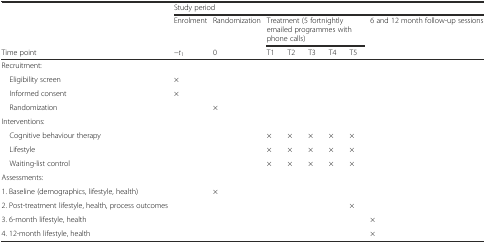
<table><thead><tr><td></td><td colspan="8"><b>Study period</b></td></tr><tr><td></td><td><b>Enrolment</b></td><td><b>Randomization</b></td><td colspan="5"><b>Treatment (5 fortnightly emailed programmes with phone calls)</b></td><td><b>6 and 12 month follow-up sessions</b></td></tr><tr><td><b>Time point</b></td><td><b>−<i>t</i><sub>1</sub></b></td><td><b>0</b></td><td><b>T1</b></td><td><b>T2</b></td><td><b>T3</b></td><td><b>T4</b></td><td><b>T5</b></td><td></td></tr></thead><tbody><tr><td>Recruitment:</td><td></td><td></td><td></td><td></td><td></td><td></td><td></td><td></td></tr><tr><td> Eligibility screen</td><td>×</td><td></td><td></td><td></td><td></td><td></td><td></td><td></td></tr><tr><td> Informed consent</td><td>×</td><td></td><td></td><td></td><td></td><td></td><td></td><td></td></tr><tr><td> Randomization</td><td></td><td>×</td><td></td><td></td><td></td><td></td><td></td><td></td></tr><tr><td>Interventions:</td><td></td><td></td><td></td><td></td><td></td><td></td><td></td><td></td></tr><tr><td> Cognitive behaviour therapy</td><td></td><td></td><td>×</td><td>×</td><td>×</td><td>×</td><td>×</td><td></td></tr><tr><td> Lifestyle</td><td></td><td></td><td>×</td><td>×</td><td>×</td><td>×</td><td>×</td><td></td></tr><tr><td> Waiting-list control</td><td></td><td></td><td>×</td><td>×</td><td>×</td><td>×</td><td>×</td><td></td></tr><tr><td>Assessments:</td><td></td><td></td><td></td><td></td><td></td><td></td><td></td><td></td></tr><tr><td>1. Baseline (demographics, lifestyle, health)</td><td></td><td>×</td><td></td><td></td><td></td><td></td><td></td><td></td></tr><tr><td>2. Post-treatment lifestyle, health, process outcomes</td><td></td><td></td><td></td><td></td><td></td><td></td><td>×</td><td></td></tr><tr><td>3. 6-month lifestyle, health</td><td></td><td></td><td></td><td></td><td></td><td></td><td></td><td>×</td></tr><tr><td>4. 12-month lifestyle, health</td><td></td><td></td><td></td><td></td><td></td><td></td><td></td><td>×</td></tr></tbody></table>